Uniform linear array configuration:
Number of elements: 32
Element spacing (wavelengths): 0.25
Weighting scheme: hamming
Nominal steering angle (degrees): -30
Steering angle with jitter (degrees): -31.79
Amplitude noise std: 0.05
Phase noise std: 0.05

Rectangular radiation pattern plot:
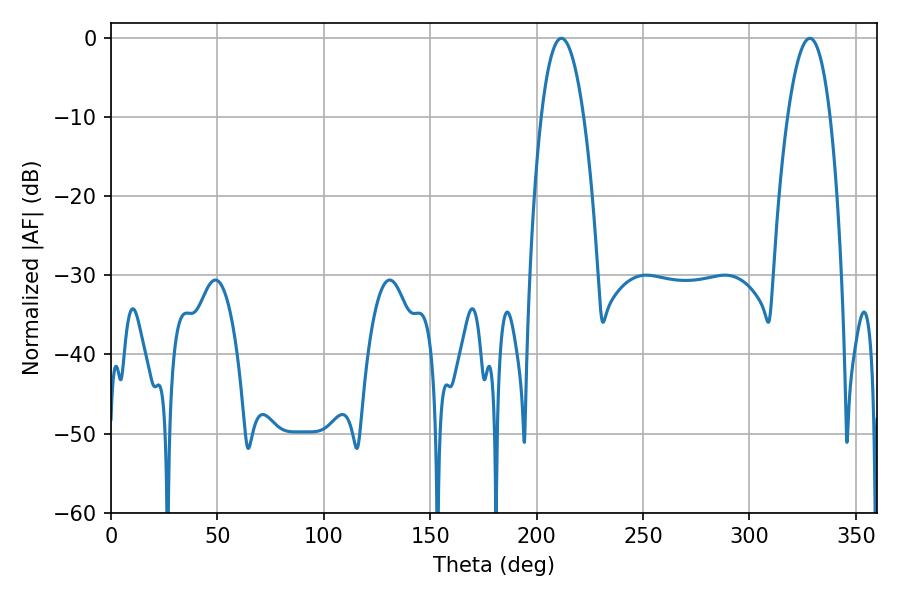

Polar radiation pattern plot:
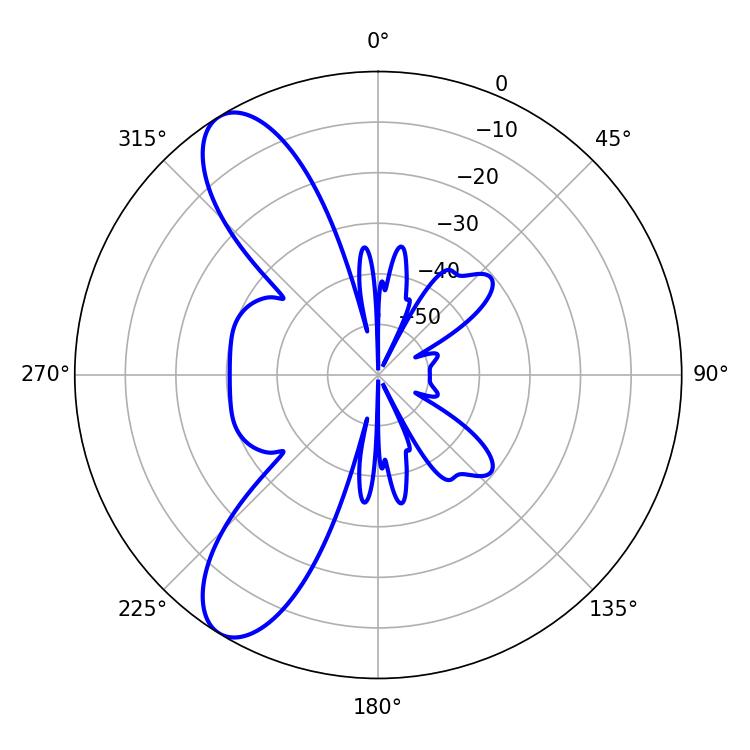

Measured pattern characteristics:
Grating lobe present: FALSE
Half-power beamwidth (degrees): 10.98
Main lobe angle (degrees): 211.68